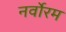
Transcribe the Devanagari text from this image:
नर्वोरम